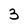
Character: 3